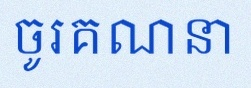
ចូរគណនា